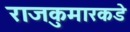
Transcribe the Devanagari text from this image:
राजकुमारकडे